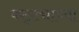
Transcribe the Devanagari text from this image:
कट्ट्याच्या